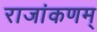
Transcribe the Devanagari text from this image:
राजांकणम्